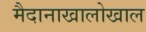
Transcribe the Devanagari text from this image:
मैदानाखालोखाल